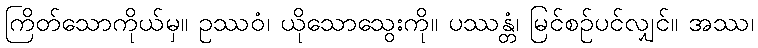
ကြိတ်သောကိုယ်မှ။ ဥဿဝံ၊ ယိုသောသွေးကို။ ပဿန္တံ၊ မြင်စဉ်ပင်လျှင်။ အဿ၊